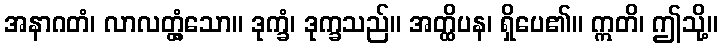
အနာဂတံ၊ လာလတ္တံ့သော။ ဒုက္ခံ၊ ဒုက္ခသည်။ အတ္ထိပန၊ ရှိပေ၏။ ဣတိ၊ ဤသို့။